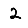
Digit: 2